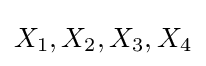
X_{1},X_{2},X_{3},X_{4}